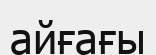
айғағы